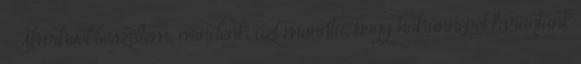
– Akárkivel beszéltem, mindenki azt mondta, hogy hokiünnepet faragtunk